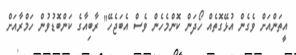
އީތަންއަށް ވެގެން އުޅޭގޮތެއް ހޯދަން ކޮންމެހެން ވެސް އެބަޖެހޭ" ރާބިއާގެ ކަންބޮޑުވުން ހަމްރާއަށް